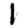
Digit: 1